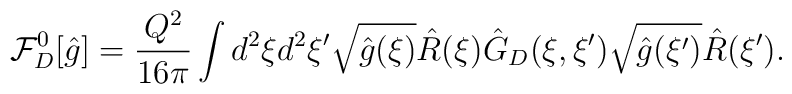
{\mathcal{F}_D^0}[\hat{g}]={{Q^2}\over{16\pi}}\int{d^2}\xi{d^2}\xi'\sqrt{\hat{g}(\xi)}\hat{R}(\xi){\hat{G}_D}(\xi,\xi')\sqrt{\hat{g}(\xi')}\hat{R}(\xi').